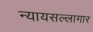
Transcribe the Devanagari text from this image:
न्यायसल्लागार